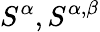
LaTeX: S^{\alpha},S^{\alpha,\beta}